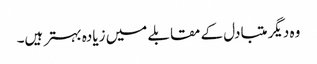
وہ دیگر متبادل کے مقابلے میں زیادہ بہتر ہیں۔